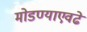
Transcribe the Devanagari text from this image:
मोडण्याएवढे